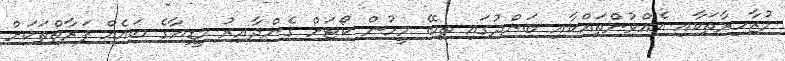
މުޒާހިރާތަކާއި އެއްވުންތައްކާއި ބަންދުގައި ތިބޭ މީހުން ކޯޓަށް ގެންދާއިރު މީޑިއާގެ ބައެއް ފަރާތްތަކަށް